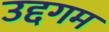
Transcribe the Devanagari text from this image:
उद्दगम